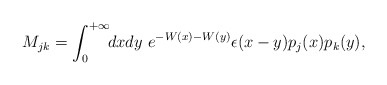
\begin{align*}M_{jk}= \int_0^{+\infty} \!\!dx dy\ e^{-W(x)-W(y)}\epsilon(x-y)p_j(x) p_k(y),\end{align*}